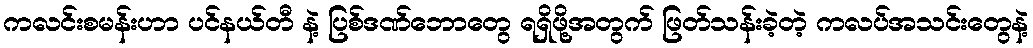
ကလင်းစမန်းဟာ ပင်နယ်တီ နဲ့ ပြစ်ဒဏ်ဘောတွေ ရရှိဖို့အတွက် ဖြတ်သန်းခဲ့တဲ့ ကလပ်အသင်းတွေနဲ့